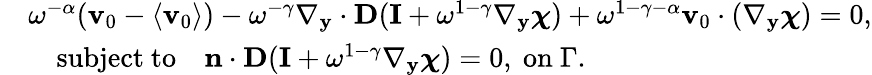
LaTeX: \begin{array}{rl}&{\omega^{-\alpha}(\mathbf v_{0}-\langle\mathbf v_{0}\rangle)-\omega^{-\gamma}\nabla_{\mathbf y}\cdot\textbf{D}(\mathbf I+\omega^{1-\gamma}\nabla_{\mathbf y}\boldsymbol{\chi})+\omega^{1-\gamma-\alpha}\mathbf v_{0}\cdot(\nabla_{\mathbf y}\boldsymbol{\chi})=0,}\\ &{\quad\mathrm{subject~to}\quad\mathbf n\cdot\textbf{D}(\mathbf I+\omega^{1-\gamma}\nabla_{\mathbf y}\boldsymbol{\chi})=0,\mathrm{~on~}\Gamma.}\end{array}